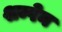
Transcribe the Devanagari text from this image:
शम्पेन